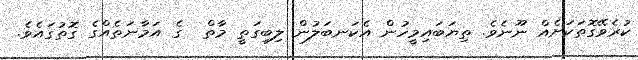
ކުރެވޭގޮތަކަށެއް ނޫނެވެ. ތިޔަބައިމީހުން އެކަނބަލުން ލިބިގަތީ މާތް  ގެ އަމާނަތެއްގެ ގޮތުގައެވެ.